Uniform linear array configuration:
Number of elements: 48
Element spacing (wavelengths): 1
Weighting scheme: blackman
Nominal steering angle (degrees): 60
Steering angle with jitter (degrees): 61.203
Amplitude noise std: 0.05
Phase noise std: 0.05

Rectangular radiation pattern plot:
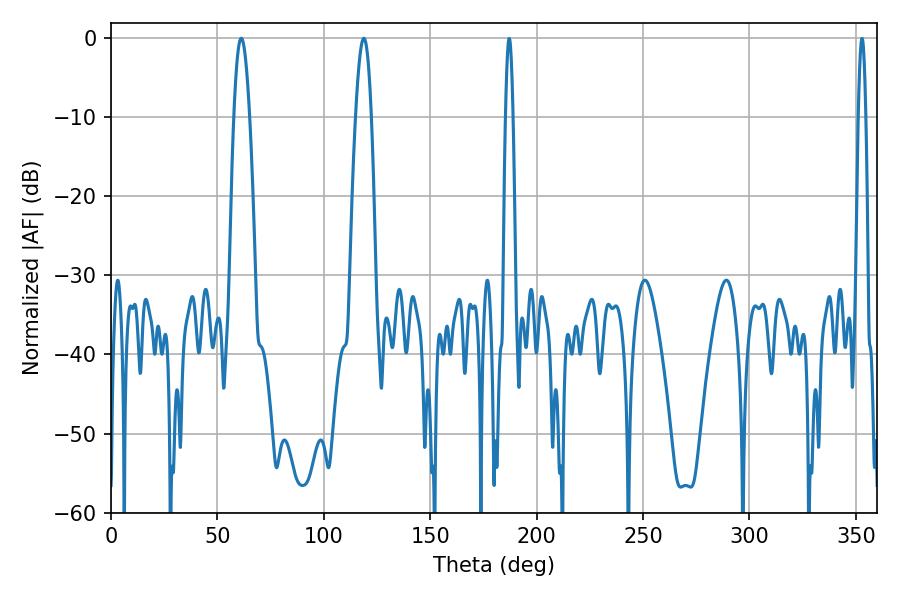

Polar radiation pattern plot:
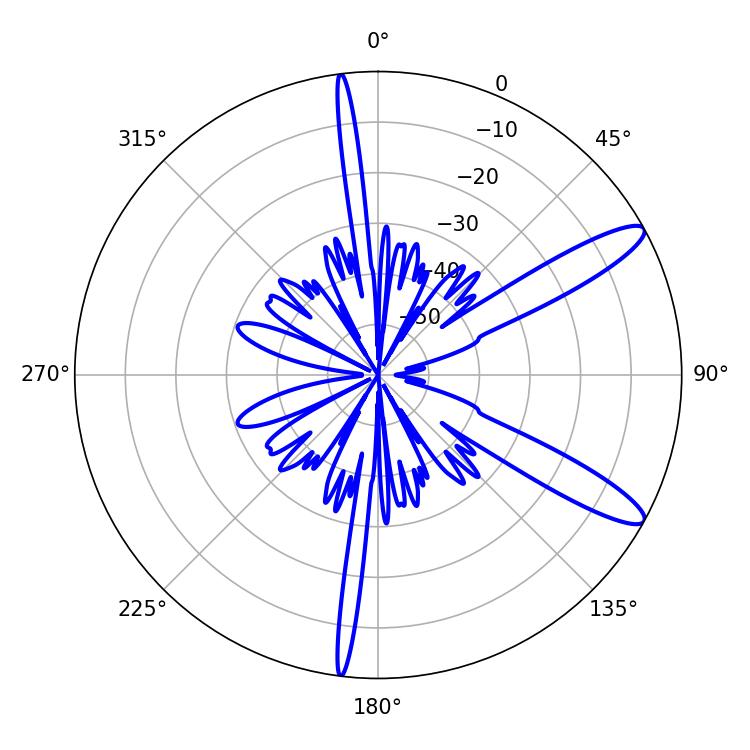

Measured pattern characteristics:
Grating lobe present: TRUE
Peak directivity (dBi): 12.016
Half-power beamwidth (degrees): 3.96
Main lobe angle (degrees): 61.2